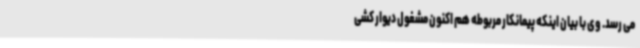
می رسد. وی با بیان اینکه پیمانکار مربوطه هم اکنون مشغول دیوار کشی